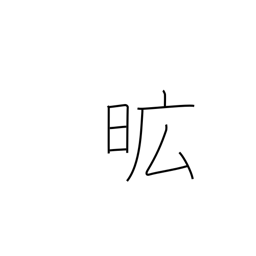
Meaning: extensive